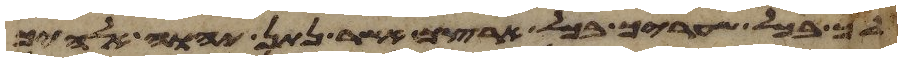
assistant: לך בכל שעריך בכל ארצך אשר נתן יהוה אלהיך